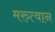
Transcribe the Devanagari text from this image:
मरुत्वान